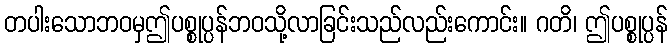
တပါးသောဘဝမှဤပစ္စုပ္ပန်ဘဝသို့လာခြင်းသည်လည်းကောင်း။ ဂတိ၊ ဤပစ္စုပ္ပန်